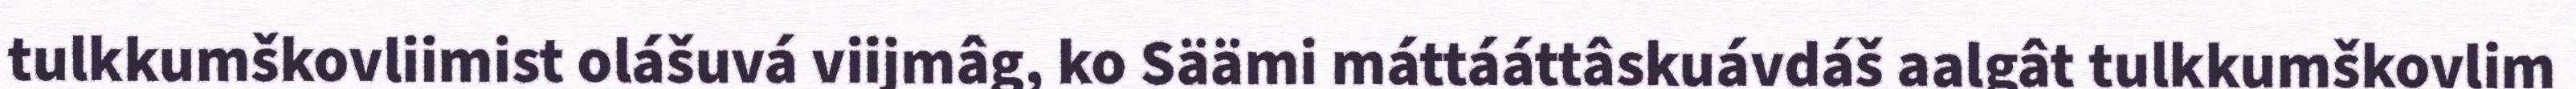
tulkkumškovliimist olášuvá viijmâg, ko Säämi máttááttâskuávdáš aalgât tulkkumškovlim